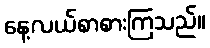
နေ့လယ်စာစားကြသည်။